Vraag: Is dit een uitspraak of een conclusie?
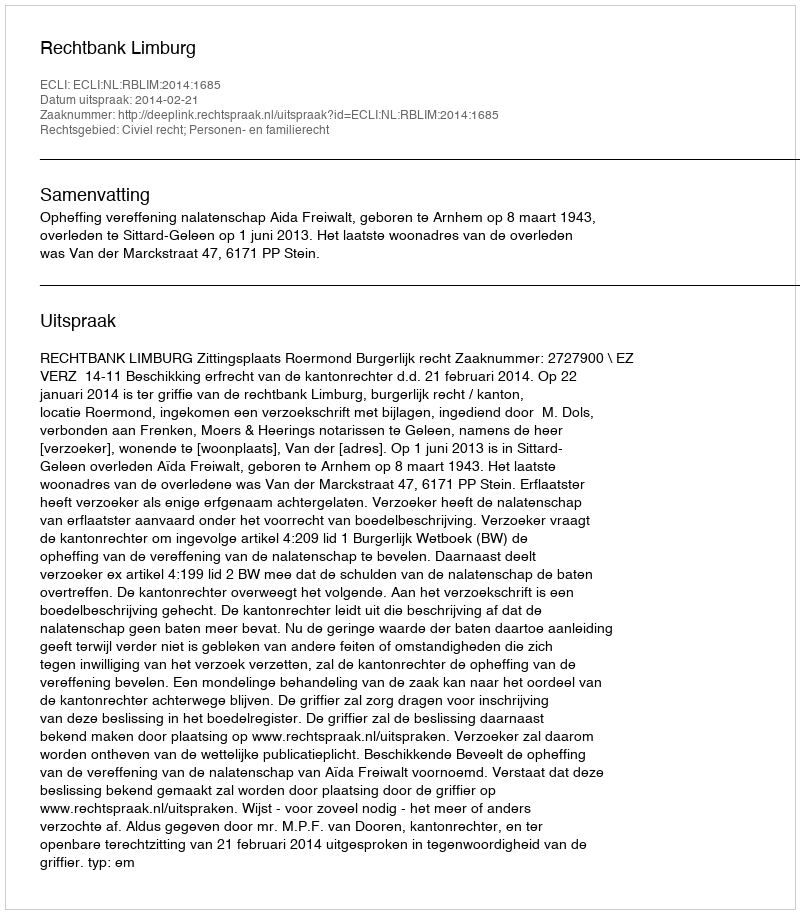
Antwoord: Uitspraak